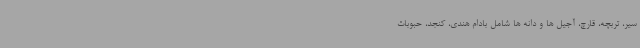
سیر، تربچه، قارچ، آجیل ها و دانه ها شامل بادام هندی، کنجد، حبوبات